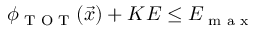
\phi _ { \textrm { T O T } } ( \vec { x } ) + K E \leq E _ { \textrm { m a x } }